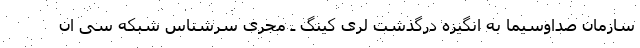
سازمان صداوسیما به انگیزه درگذشت لری کینگ ـ مجری سرشناس شبکه سی ان